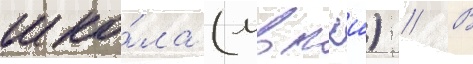
шко́ла (мвпхш) // В